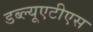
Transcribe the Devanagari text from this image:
डब्ल्यूएटीएस